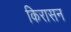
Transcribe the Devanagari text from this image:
किरासन